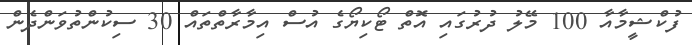
ފުކްޝީމާއާ 100 މޭލު ދުރުގައި އޮތް ޓޯކިޔޯގެ އުސް އިމާރާތްތައް 30 ސިކުންތުވަންދެން